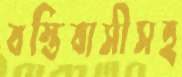
বস্তিবাসীসহ